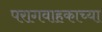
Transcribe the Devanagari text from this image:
परागवाहकाच्या